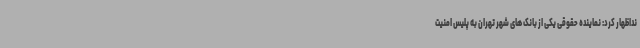
نداظهار کرد: نماینده حقوقی یکی از بانک های شهر تهران به پلیس امنیت